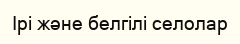
Ірі және белгілі селолар